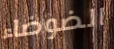
الضوضاء